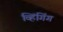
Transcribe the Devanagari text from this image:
व्हिंगिंग